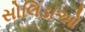
સોલિડાઓ